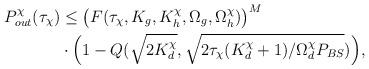
LaTeX: \begin{align*} P^\chi_{out}(\tau_\chi) &\leq \big(F(\tau_\chi,K_g,K^\chi_h,\Omega_g,\Omega^\chi_h)\big)^M \\& \cdot\Big(1-Q(\sqrt{2K^\chi_d},\sqrt{2\tau_\chi(K^\chi_d+1)/\Omega^\chi_d P_{BS}}) \Big),\end{align*}